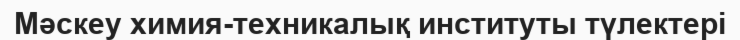
Мәскеу химия-техникалық институты түлектері